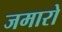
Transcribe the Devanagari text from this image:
जमारो